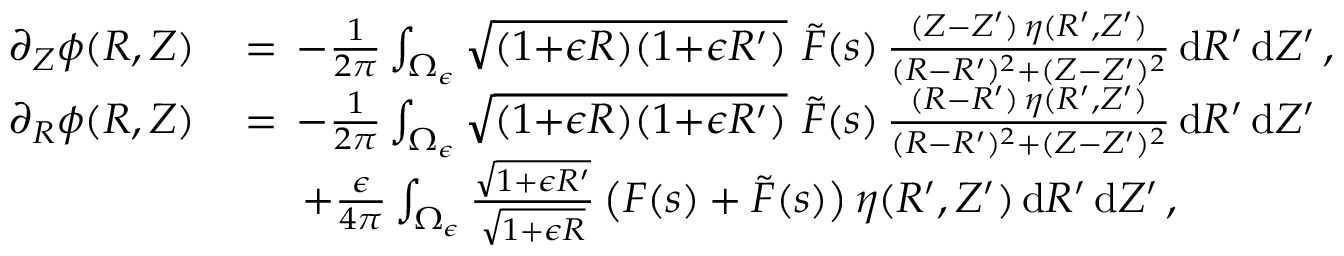
\begin{array} { r l } { \partial _ { Z } \phi ( R , Z ) \, } & { = \, - \frac { 1 } { 2 \pi } \int _ { \Omega _ { \epsilon } } \sqrt { ( 1 { + } \epsilon R ) ( 1 { + } \epsilon R ^ { \prime } ) } ~ \tilde { F } ( s ) \, \frac { ( Z { - } Z ^ { \prime } ) \, \eta ( R ^ { \prime } , Z ^ { \prime } ) } { ( R { - } R ^ { \prime } ) ^ { 2 } + ( Z { - } Z ^ { \prime } ) ^ { 2 } } \, \mathrm { d } R ^ { \prime } \, \mathrm { d } Z ^ { \prime } \, , } \\ { \partial _ { R } \phi ( R , Z ) \, } & { = \, - \frac { 1 } { 2 \pi } \int _ { \Omega _ { \epsilon } } \sqrt { ( 1 { + } \epsilon R ) ( 1 { + } \epsilon R ^ { \prime } ) } ~ \tilde { F } ( s ) \, \frac { ( R { - } R ^ { \prime } ) \, \eta ( R ^ { \prime } , Z ^ { \prime } ) } { ( R { - } R ^ { \prime } ) ^ { 2 } + ( Z { - } Z ^ { \prime } ) ^ { 2 } } \, \mathrm { d } R ^ { \prime } \, \mathrm { d } Z ^ { \prime } } \\ & { \quad ~ + \frac { \epsilon } { 4 \pi } \int _ { \Omega _ { \epsilon } } \frac { \sqrt { 1 { + } \epsilon R ^ { \prime } } } { \sqrt { 1 + \epsilon R } } \, \bigl ( F ( s ) + \tilde { F } ( s ) \bigr ) \, \eta ( R ^ { \prime } , Z ^ { \prime } ) \, \mathrm { d } R ^ { \prime } \, \mathrm { d } Z ^ { \prime } \, , } \end{array}